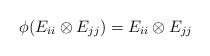
LaTeX: \begin{align*}\phi(E_{ii}\otimes E_{jj})=E_{ii}\otimes E_{jj}\end{align*}